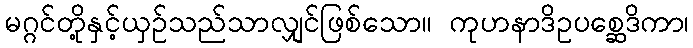
မဂ္ဂင်တို့နှင့်ယှဉ်သည်သာလျှင်ဖြစ်သော။ ကုဟနာဒိဥပစ္ဆေဒိကာ၊